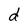
Character: d